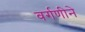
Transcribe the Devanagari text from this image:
वर्गणीने